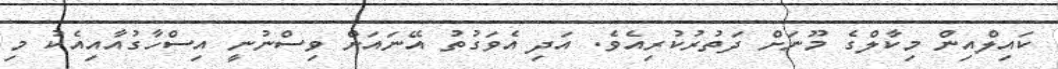
ކައިލްއިން މިކާލްގެ މޫނަށް ދަތުރުކުރިއެވެ. އަދި އެވަގުތު އޭނައަށް ވިސްނުނީ އިސްހާގުއާއިއެކު މި